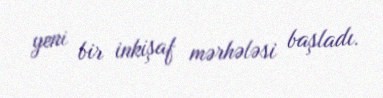
yeni bir inkişaf mərhələsi başladı.